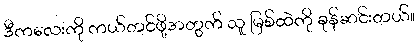
ဒီကလေးကို ကယ်တင်ဖို့အတွက် သူ မြစ်ထဲကို ခုန်ဆင်းတယ်။